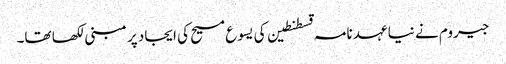
جیروم نے نیا عہد نامہ قسطنطین کی یسوع مسیح کی ایجاد پر مبنی لکھا تھا۔